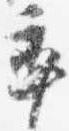
率